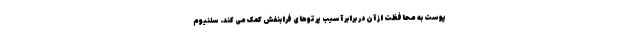
پوست به محافظت از آن در برابر آسیب پرتوهای فرابنفش کمک می کند. سلنیوم